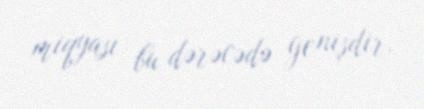
miqyası bu dərəcədə genişdir.